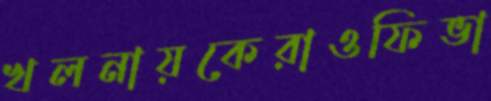
খলনায়কেরাওফিভা